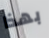
بهذا